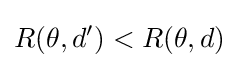
R(\theta ,d')<R(\theta ,d)